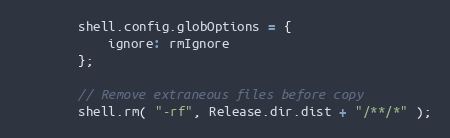
Language: JavaScript
		shell.config.globOptions = {
			ignore: rmIgnore
		};

		// Remove extraneous files before copy
		shell.rm( "-rf", Release.dir.dist + "/**/*" );